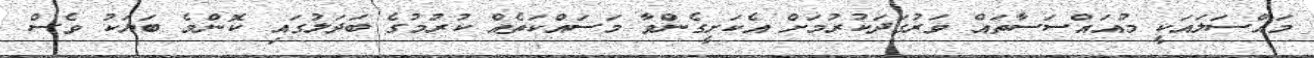
މައްސަލައަކީ މުއައްސަސާތައް ވަރުގަދަކުރުމަށް އެކަށީގެންވާ މަސައްކަތެއް ކުރުމުގެ ބަދަލުގައި ކޮންމެ ބަޔަކު ވެސް